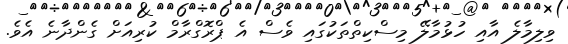
ވިލިމާލެ އާއި ހުޅުމާލޭ މިސްކިތްތަކުގައި ވެސް އެ ޕްރޮގްރާމް ކުރިއަށް ގެންދާނެ އެވެ.